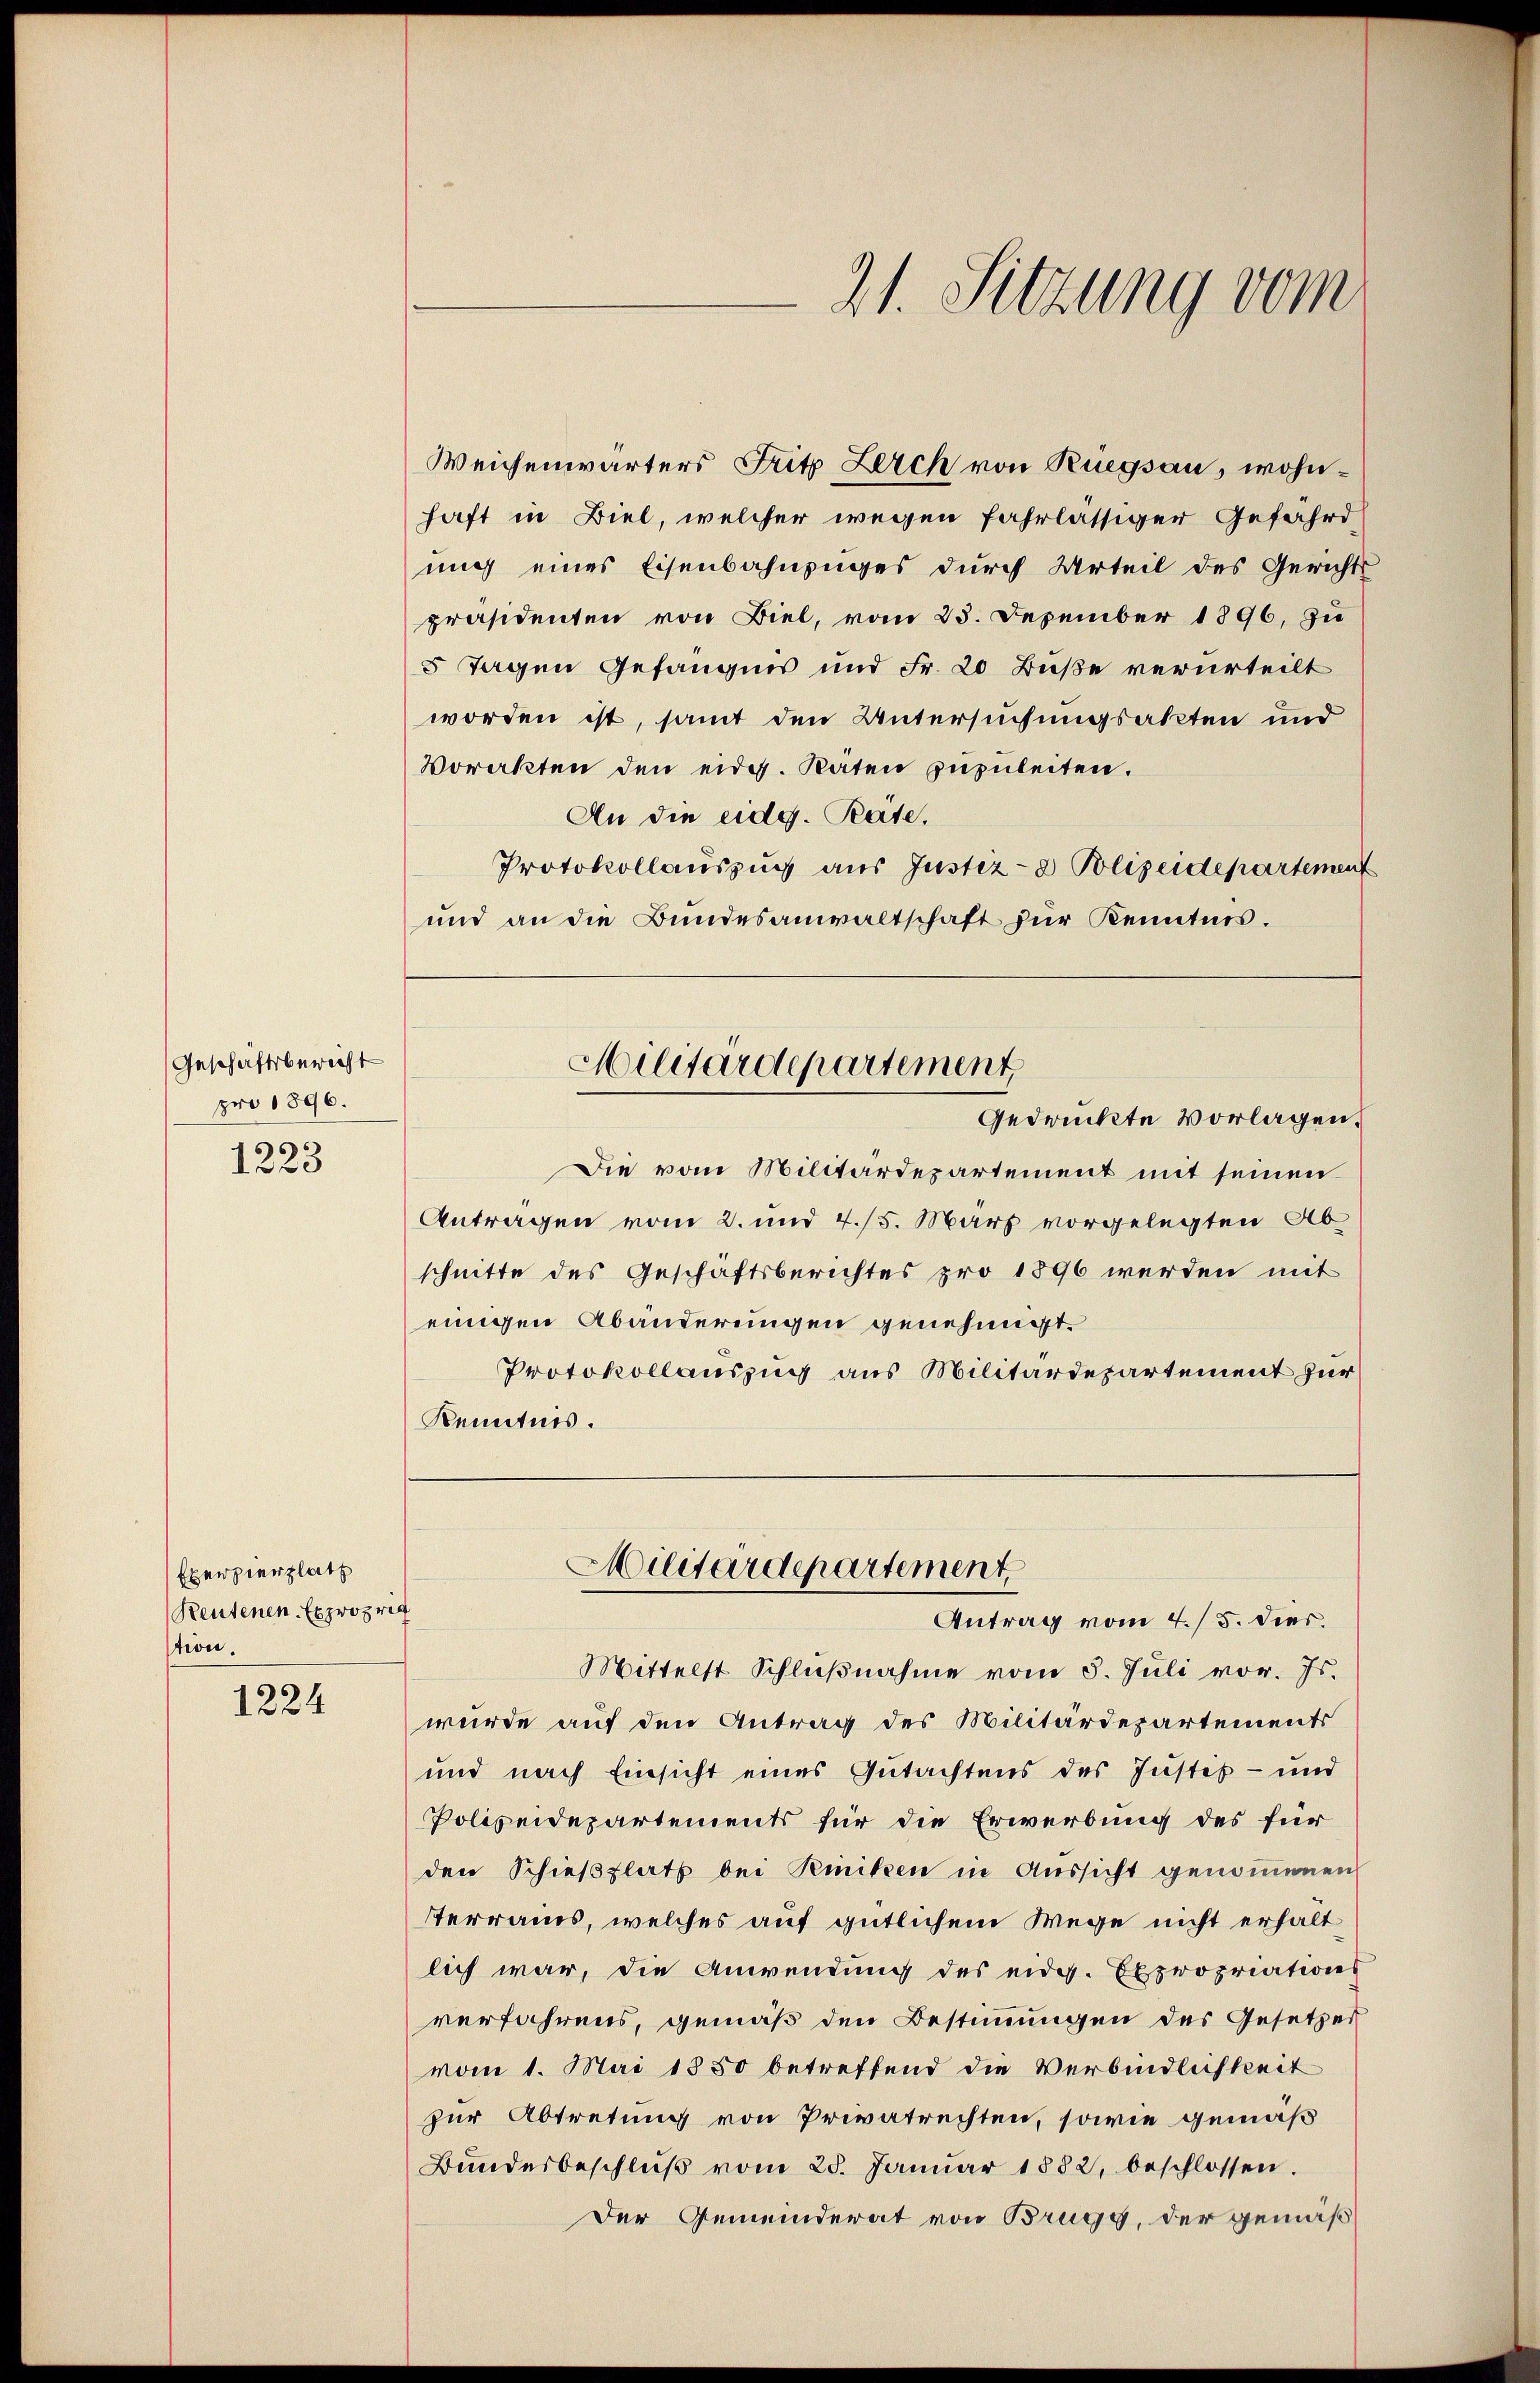
Geschäftsbericht
pro 1896.

1223

Weichenwärters Fritz Lerch von Ruegsau, wohnhaft in Biel, welcher wegen fahrlässiger Gefährd
ung eines Eisenbahnzuges durch Urteil des Gerichts
präsidenten von Biel, vom 23. Dezember 1896, zu
5 Tagen Gefangen und Fr. 20 Buße verurteilt
worden ist, samt den Untersuchungsakten und
Vorakten den eidg. Raten zuzuleiten.
An die eidg. Pate.
Protokollauszug aus Justiz- & Polizeidepartement
und an die Bundesanwaltschaft zur Kenntnis.
Militärdepartement
Gedrückte Vorlagen.
Die vom Militärdepartement mit seinen
Antragen vom 2. und 4./5. März vorgelegten Abschnitte des Geschäftsberichtes pro 1896 werden mit
einigen Abänderungen genehmigt.
Protokollauszug aus Militärdepartement für
Kenntnis.

Exerzierplatz
Reutenen Expropria
tion.

1224

21. Sitzung vom

Militärdepartement
Antrag vom 4./5. dies.

Mittelst Schlußnahme vom 5. Juli vor. Js.
wurde auf den Antrag des Militärdepartements
und nach Einsicht eines Gutachtens des Justes- und
Polizeidepartements für die Erwerbung des für
den Schießplatz bei Reiniken in Aussicht genommenen
Terrains, welches auf gütlichem Wege nicht erhält
lich war, die Anwendung des eidg. Expropriations
verfahrens, gemäß den Bestimmungen des Gesetzes
vom 1. Mai 1850 betreffend die Verbindlichkeit
zur Abtretung von Privatrechten, sowie gemäß
Bŭndesbeschlŭβ vom 25. Januar 1882, beschlossen.
Der Gemeinderat von Brugg, der gemäß